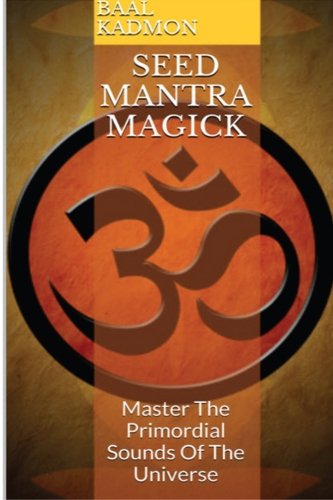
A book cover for Seed Mantra Magick: Master The Primordial Sounds Of The Universe (Mantra Magick Series) (Volume 3); Baal Kadmon; Religion & Spirituality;